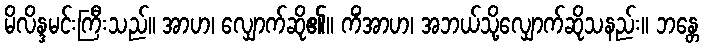
မိလိန္ဒမင်းကြီးသည်။ အာဟ၊ လျှောက်ဆို၏။ ကိံအာဟ၊ အဘယ်သို့လျှောက်ဆိုသနည်း။ ဘန္တေ